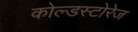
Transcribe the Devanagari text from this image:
कोल्डस्टोरेज